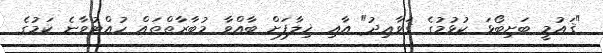
"ޤައުމީ ބަށިބޯޅަ ކުޅުމުގެ ޤަވާޢިދު" އާއި ޚިލާފަށް ބާއްވާ މުބާރާތްތައް ހުއްޓުވާނެ ކަމުގެ